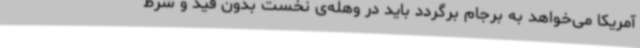
آمریکا می‌خواهد به برجام برگردد باید در وهله‌ی نخست بدون قید و شرط